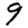
Digit: 9